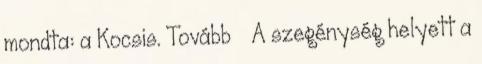
mondta: a Kocsis. Tovább › ›A szegénység helyett a